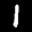
Label: 1